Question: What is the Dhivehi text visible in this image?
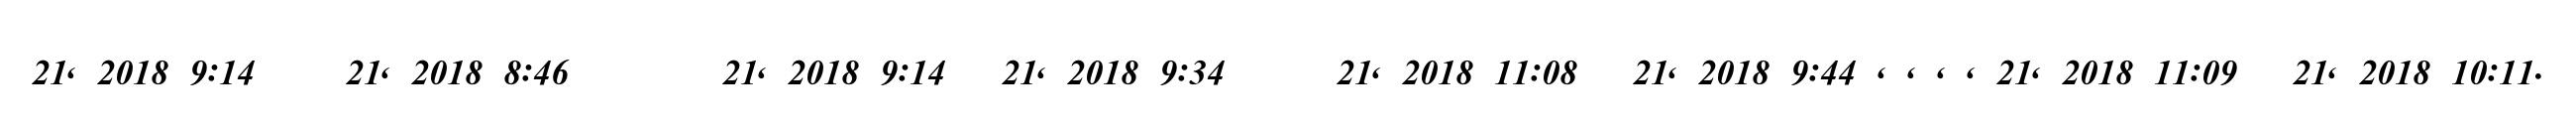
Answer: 21, 2018 9:14 ? ? 21, 2018 8:46 ???????? 21, 2018 9:14 ? 21, 2018 9:34 ????? 21, 2018 11:08 ? 21, 2018 9:44 , , , , 21, 2018 11:09 ? 21, 2018 10:11.